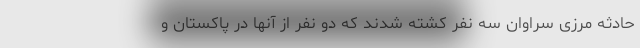
حادثه مرزی سراوان سه نفر کشته شدند که دو نفر از آنها در پاکستان و